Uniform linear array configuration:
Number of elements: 48
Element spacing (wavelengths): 0.25
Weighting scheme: kaiser
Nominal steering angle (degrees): -30
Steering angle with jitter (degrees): -30.067
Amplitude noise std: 0.05
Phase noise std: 0.05

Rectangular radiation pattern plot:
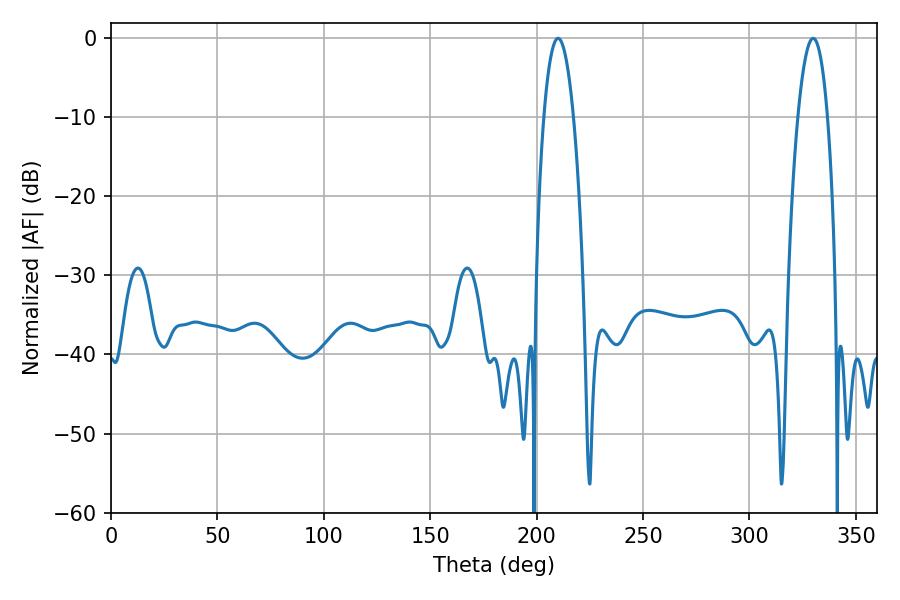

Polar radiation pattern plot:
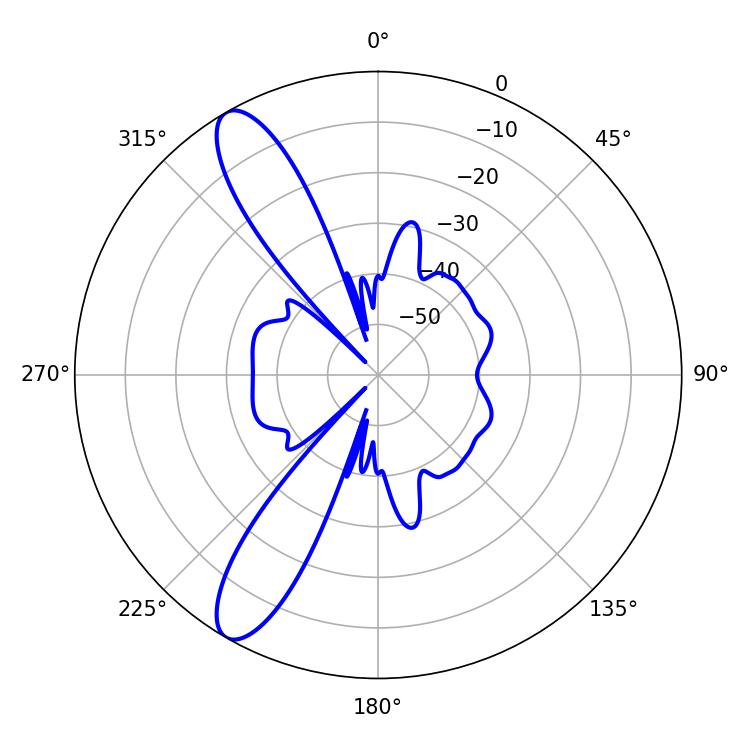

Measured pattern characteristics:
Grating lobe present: FALSE
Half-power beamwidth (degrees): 7.74
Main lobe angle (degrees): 210.06